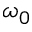
\omega _ { 0 }